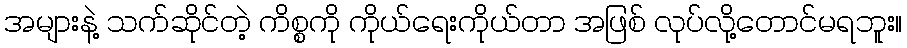
အများနဲ့ သက်ဆိုင်တဲ့ ကိစ္စကို ကိုယ်ရေးကိုယ်တာ အဖြစ် လုပ်လို့တောင်မရဘူး။